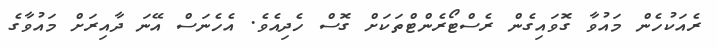
ރެއަކުހެން މައުވާ ގޮވައިގެން ރެސްޓޯރެންޓްތަކަށް ގޮސް ހެދިއެވެ. އެހެނަސް އޭނަ ދާއިރަށް މައުވާގެ